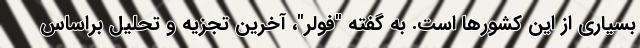
بسیاری از این کشورها است. به گفته "فولر"، آخرین تجزیه و تحلیل براساس